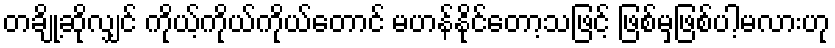
တချို့ဆိုလျှင် ကိုယ့်ကိုယ်ကိုယ်တောင် မဟန်နိုင်တော့သဖြင့် ဖြစ်မှဖြစ်ပါ့မလားဟု